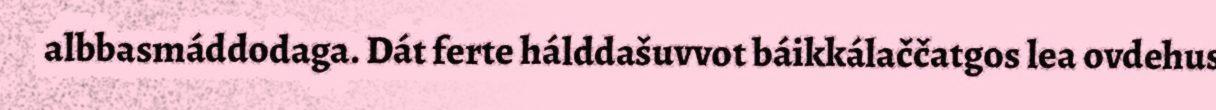
albbasmáddodaga. Dát ferte hálddašuvvot báikkálaččatgos lea ovdehus